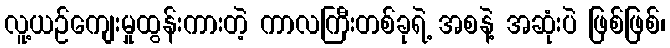
လူ့ယဉ်ကျေးမှုထွန်းကားတဲ့ ကာလကြီးတစ်ခုရဲ့ အစနဲ့ အဆုံးပဲ ဖြစ်ဖြစ်၊